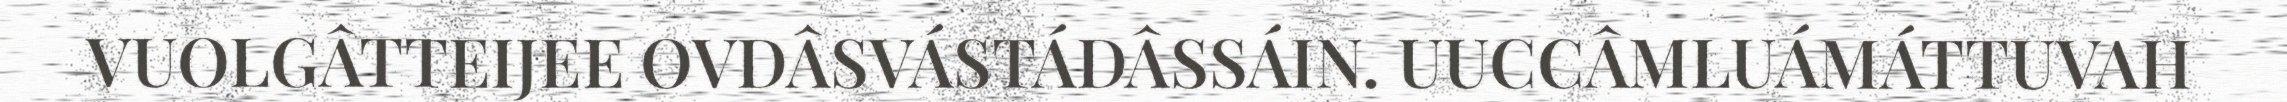
VUOLGÂTTEIJEE OVDÂSVÁSTÁDÂSSÁIN. UUCCÂMLUÁMÁTTUVAH